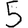
Digit: 5